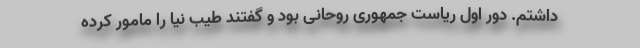
داشتم. دور اول ریاست جمهوری روحانی بود و گفتند طیب نیا را مامور کرده